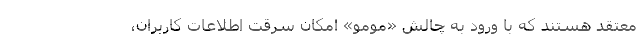
معتقد هستند که با ورود به چالش «مومو» امکان سرقت اطلاعات کاربران،